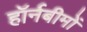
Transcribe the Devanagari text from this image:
हॉर्नबीमों